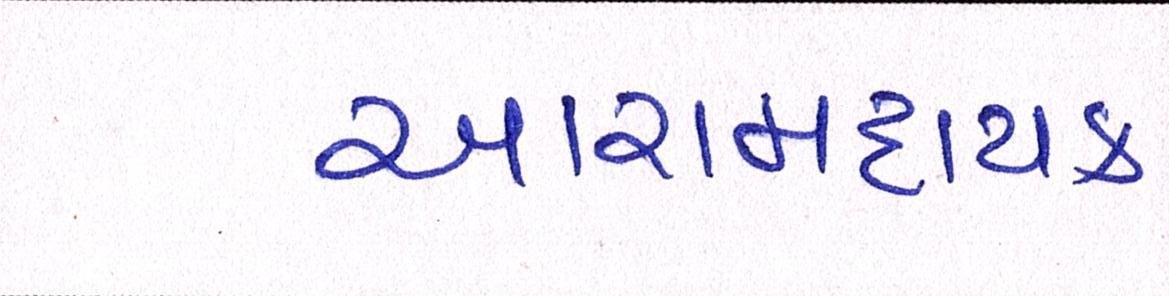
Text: આરામદાયક